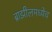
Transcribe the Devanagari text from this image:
ब्राझीलमध्येच